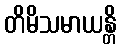
တိမိသမာယန္တိ